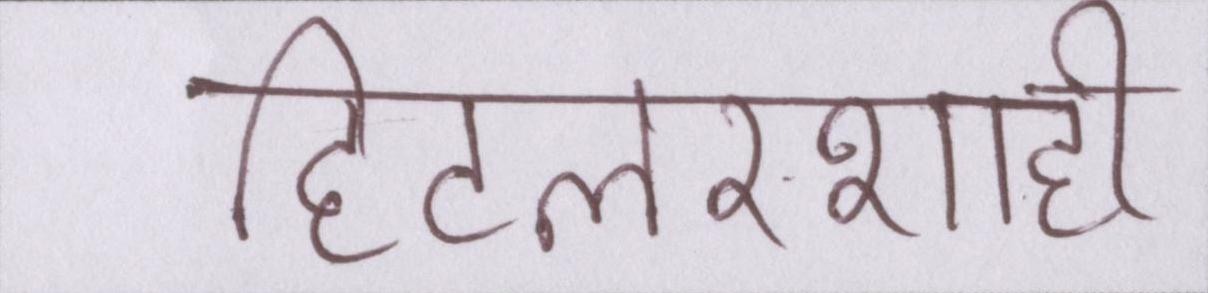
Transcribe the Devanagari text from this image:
हिटलरशाही